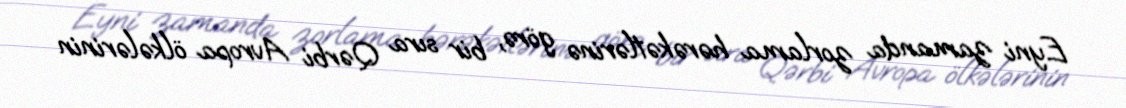
Eyni zamanda zorlama hərəkətlərinə görə, bir sıra Qərbi Avropa ölkələrinin